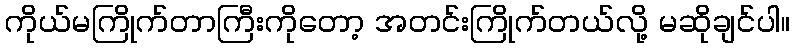
ကိုယ်မကြိုက်တာကြီးကိုတော့ အတင်းကြိုက်တယ်လို့ မဆိုချင်ပါ။